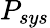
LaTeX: P_{sys}